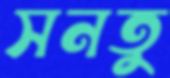
সনতু